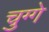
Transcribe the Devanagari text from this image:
चुग्गे